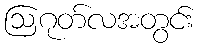
ဩဂုတ်လအတွင်း